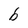
Character: b